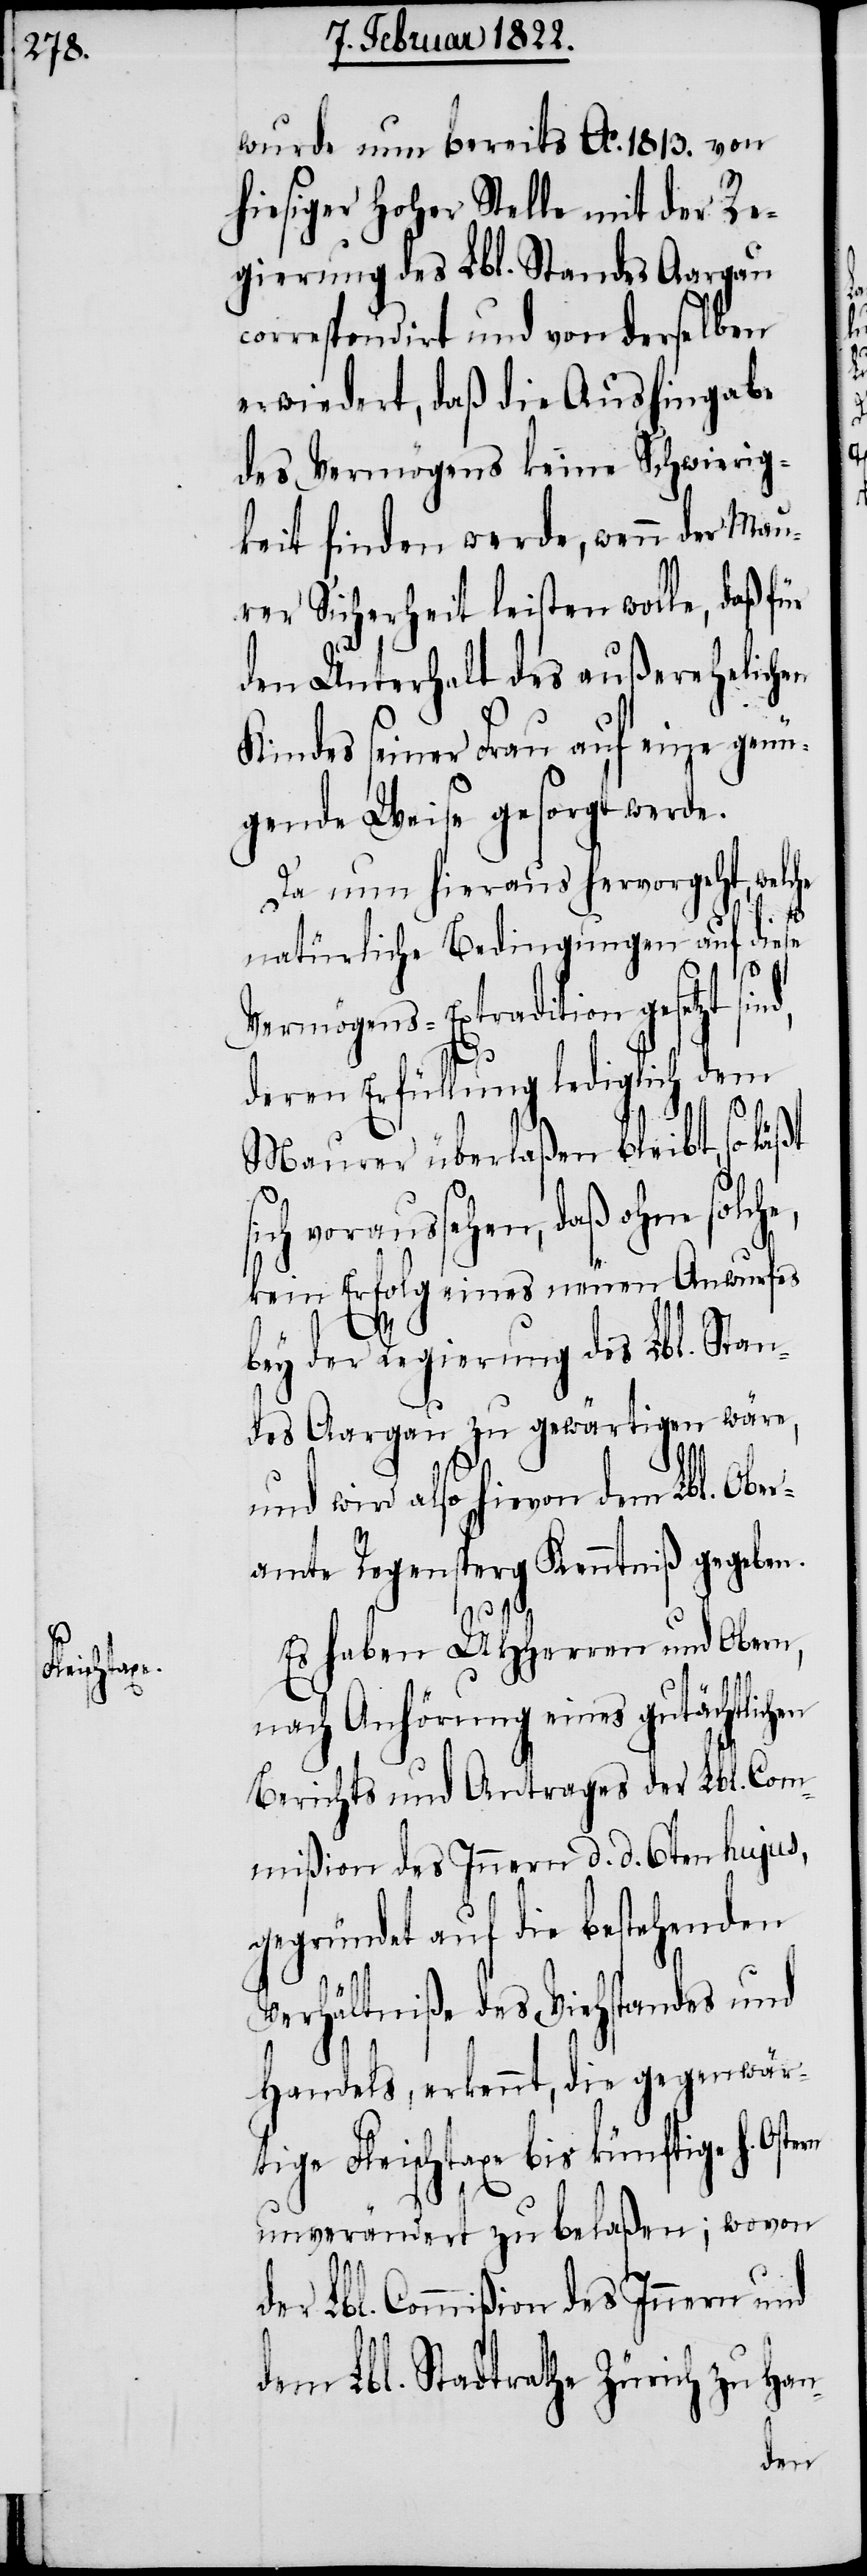
tern

wurde nun bereits Ao. 1813. von
hiesiger hoher Stelle mit der Re¬
gierung des Lbl. Standes Aargau
correspondirt und von derselben
erwiedert, daß die Aushingabe
des Vermögens keine Schwierig¬
keiten finden werde, wenn der Mau¬
rer Sicherheit leisten wolle, daß für
den Unterhalt des außerehelichen
Kindes seiner Frau auf eine genü¬
gende Weise gesorgt werde.
Da nun hieraus hervorgeht, welche
natürliche Bedingungen auf diese
Vermögens-Extradition gesetzt sind,
deren Erfüllung lediglich dem
Maurer überlaßen bleibt, so läßt
voraussehen, daß ohne solch¬
kein Erfolg eines neuen Anwurfes
Lbl.
bey der Regierung des Lbl. Stan¬
des Aargau zu gewärtigen wäre,
und wird also hievon dem Lbl. Ober¬
amte Regensperg Kenntniß gegeben.
zu
Es haben UHHerren und Obern,
nach Anhörung eines gutächtlic¬
Berichts und Antrages der Lbl. Com¬
mißion des Innern d. d. 6ten hujus,
gegründet auf die bestehenden
Verhältniße des Viehstandes und
Handels, erkennt, die gegenwär¬
tige Fleischtaxe bis künftige H. Os¬
unverändert zu belaßen; wovon
der Lbl. Commißion des Innern und
dem